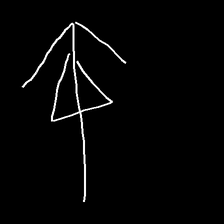
Glyph: pull